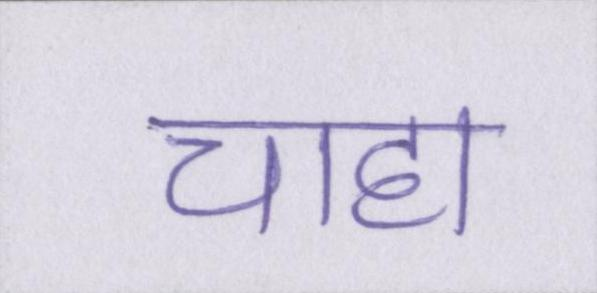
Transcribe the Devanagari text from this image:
चाहा